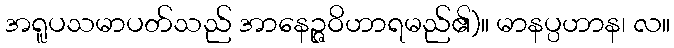
အရူပသမာပတ်သည် အာနေဉ္ဇဝိဟာရမည်၏)။ မာနပ္ပဟာန၊ လ။